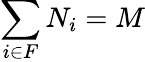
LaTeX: \sum_{i\in F}N_{i}=M